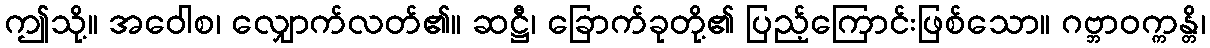
ဤသို့။ အဝေါစ၊ လျှောက်လတ်၏။ ဆဋ္ဌီ၊ ခြောက်ခုတို့၏ ပြည့်ကြောင်းဖြစ်သော။ ဂဗ္ဘာဝက္ကန္တိ၊